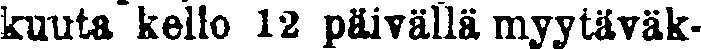
kuuta kello 12 päivällä myytäväk-